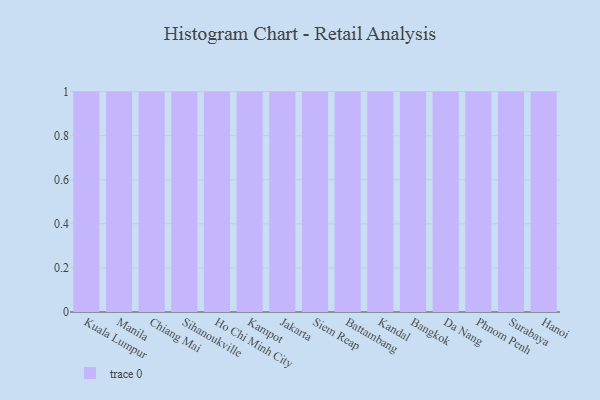
{"axis": {"x": "City", "y": "Churn Rate (%)"}, "legend": [""], "data": [{"x": "Kuala Lumpur", "y": 1, "type": ""}, {"x": "Manila", "y": 67, "type": ""}, {"x": "Chiang Mai", "y": 38, "type": ""}, {"x": "Sihanoukville", "y": 56, "type": ""}, {"x": "Ho Chi Minh City", "y": 2, "type": ""}, {"x": "Kampot", "y": 29, "type": ""}, {"x": "Jakarta", "y": 15, "type": ""}, {"x": "Siem Reap", "y": 56, "type": ""}, {"x": "Battambang", "y": 94, "type": ""}, {"x": "Kandal", "y": 30, "type": ""}, {"x": "Bangkok", "y": 71, "type": ""}, {"x": "Da Nang", "y": 91, "type": ""}, {"x": "Phnom Penh", "y": 98, "type": ""}, {"x": "Surabaya", "y": 15, "type": ""}, {"x": "Hanoi", "y": 62, "type": ""}]}